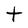
Character: t